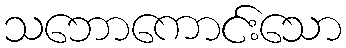
သဘောကောင်းသော